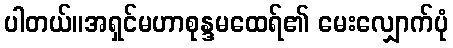
ပါတယ်။အရှင်မဟာစုန္ဒမထေရ်၏ မေးလျှောက်ပုံ